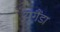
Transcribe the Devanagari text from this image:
यूगैंडा